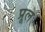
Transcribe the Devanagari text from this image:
प्रूल